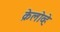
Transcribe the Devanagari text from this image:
क्रेलोव्हे